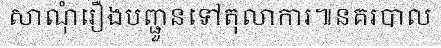
សាណុំរឿងបញ្ជួនទៅតុលាការ៕នគរបាល